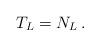
LaTeX: \begin{align*}T_L = N_L\,.\end{align*}